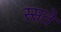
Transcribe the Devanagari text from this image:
स्सते